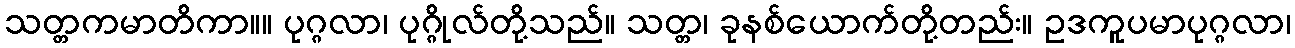
သတ္တကမာတိကာ။။ ပုဂ္ဂလာ၊ ပုဂ္ဂိုလ်တို့သည်။ သတ္တ၊ ခုနစ်ယောက်တို့တည်း။ ဥဒကူပမာပုဂ္ဂလာ၊